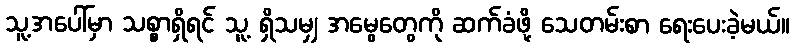
သူ့အပေါ်မှာ သစ္စာရှိရင် သူ့ ရှိသမျှ အမွေတွေကို ဆက်ခံဖို့ သေတမ်းစာ ရေးပေးခဲ့မယ်။